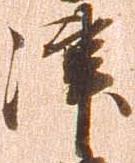
津